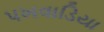
પખવાડિયા